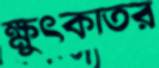
ক্ষুৎকাতর